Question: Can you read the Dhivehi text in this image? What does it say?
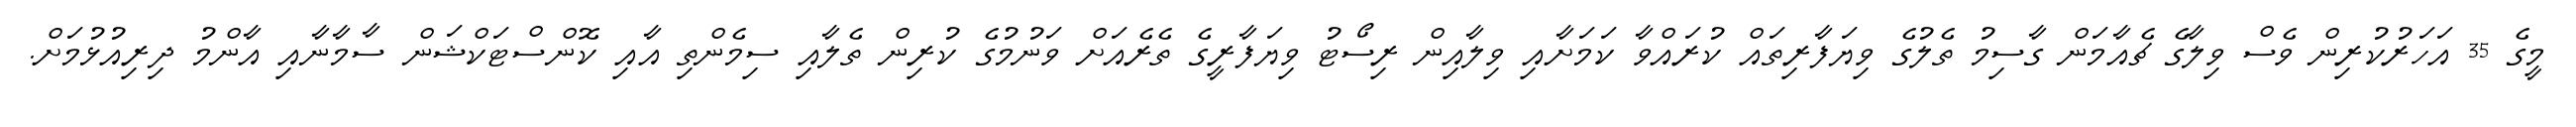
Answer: މީގެ 35 އަހަރުކުރިން ވެސް ވިލާގެ ޗެއާމަން ގާސިމު ތެލުގެ ވިޔަފާރިތައް ކުރައްވާ ކަމަށާއި ވިލާއިން ރިސޯޓު ވިޔަފާރީގެ ތެރެއަށް ވަނުމުގެ ކުރިން ތެލާއި ސިމެންތި އާއި ކޮންސްޓަކްޝަން ސާމާނާއި އާންމު ދިރިއުޅުމަށް.